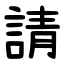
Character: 請